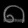
Digit: ၈